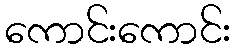
ကောင်းကောင်း